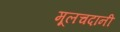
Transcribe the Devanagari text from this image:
मूलचदानी